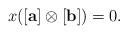
LaTeX: \begin{align*} x([\mathbf{a}]\otimes [\mathbf{b}])=0. \end{align*}